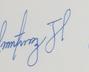
Signature authenticity: genuine